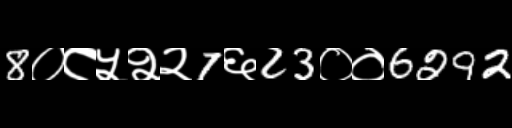
Text: 8०८५२२7६23००6292